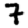
Digit: 7